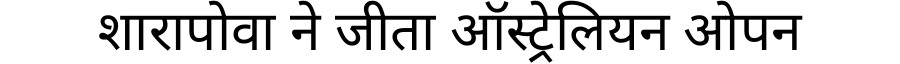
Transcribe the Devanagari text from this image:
शारापोवा ने जीता ऑस्ट्रेलियन ओपन